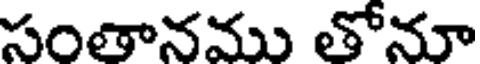
సంతానము తోనూ